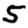
Digit: 5